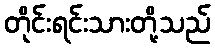
တိုင်းရင်းသားတို့သည်